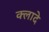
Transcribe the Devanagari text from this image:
क्लादे